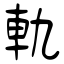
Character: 軌